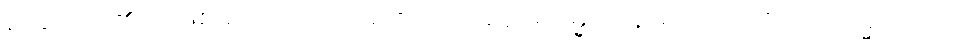
စ၊ ခဲသည်၏ အဖြစ်ကြောင့်လည်းကောင်း။ အရူပဓမ္မေသု၊ နာမ်တရားတို့၌။ သမ္မောဟော၊